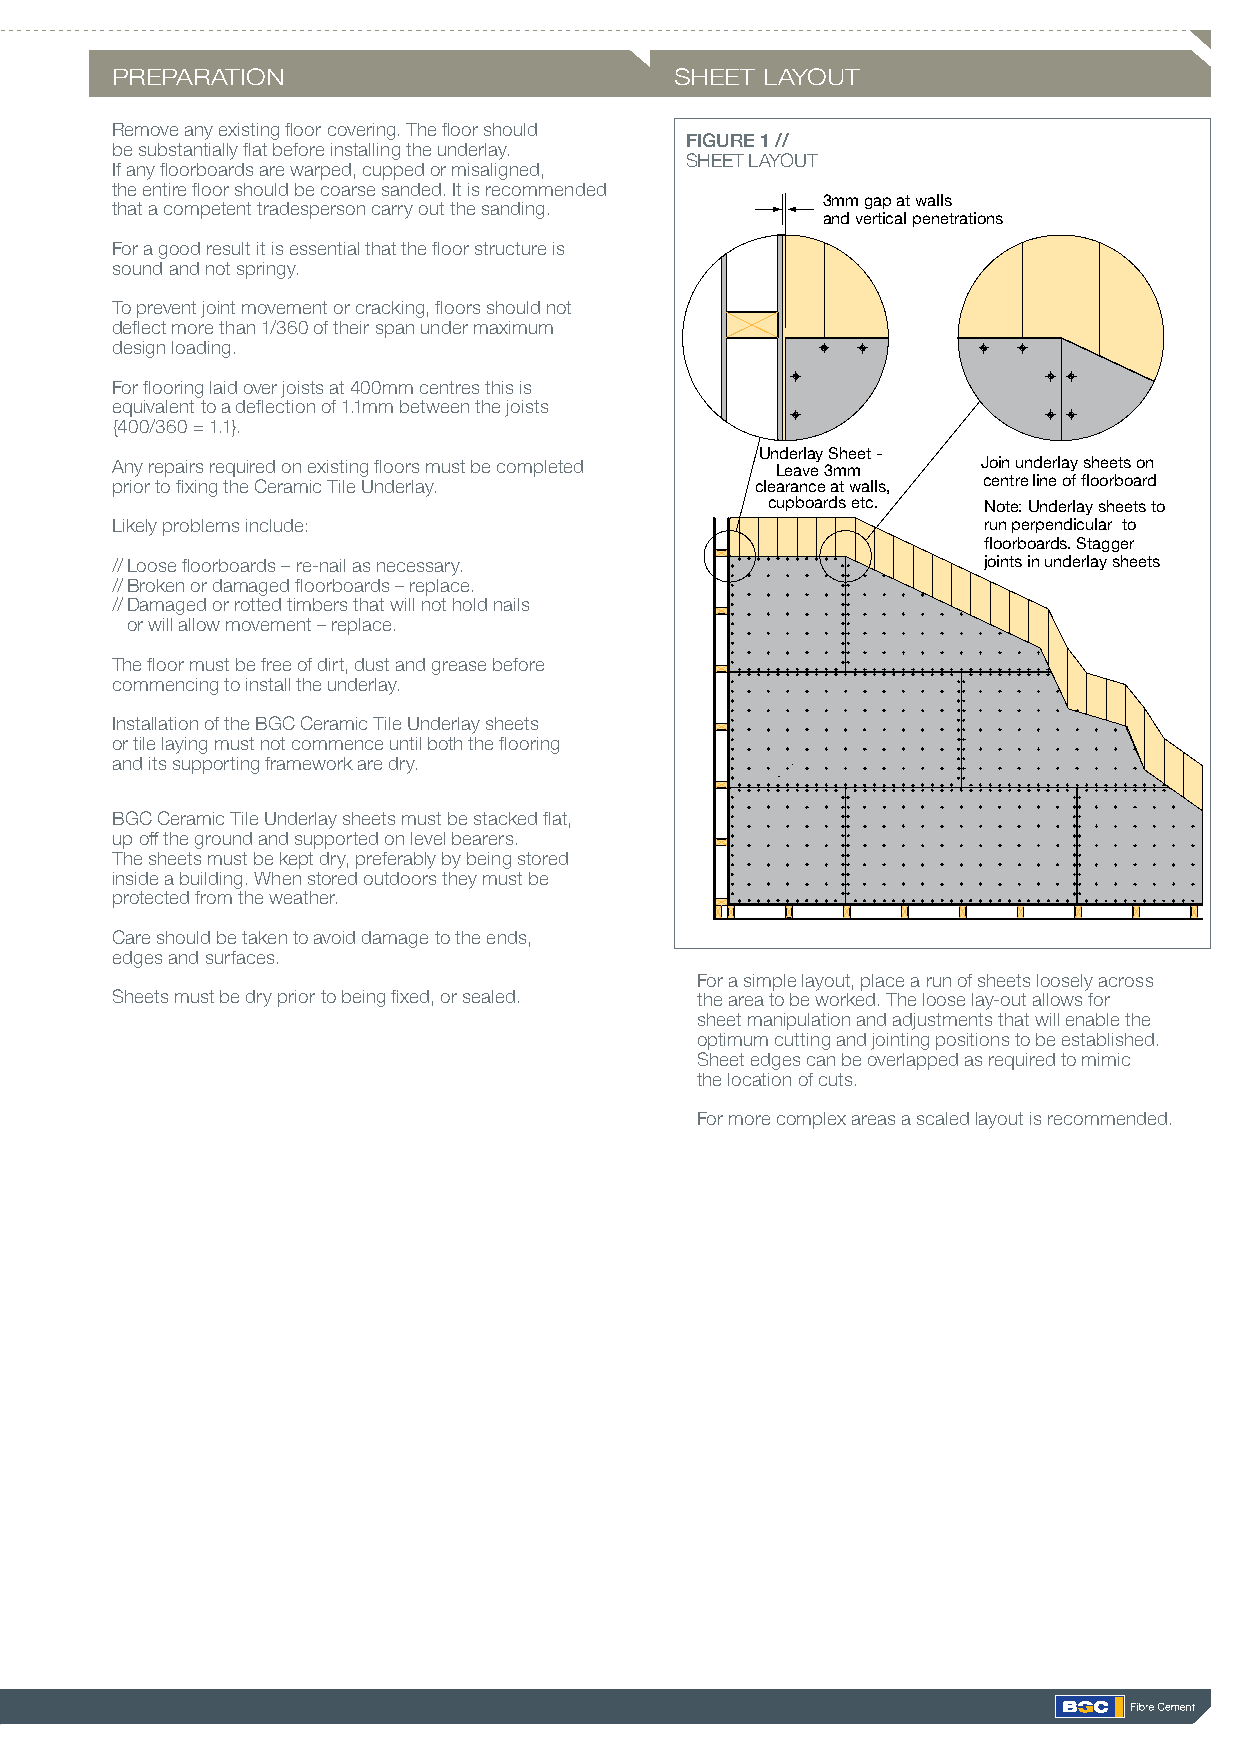
PREPARATION                           SHEET LAYOUT
 Remove any existing floor covering. The floor should
 FIGURE 1 //
 be substantially flat before installing the underlay.
 SHEET LAYOUT
 If any floorboards are warped, cupped or misaligned,
 the entire floor should be coarse sanded. It is recommended
 that a competent tradesperson carry out the sanding. 3mm gap at walls
 and vertical penetrations
 For a good result it is essential that the floor structure is
 sound and not springy.
 To prevent joint movement or cracking, floors should not
 deflect more than 1/360 of their span under maximum
 design loading.
 For flooring laid over joists at 400mm centres this is
 equivalent to a deflection of 1.1mm between the joists
 {400/360 = 1.1}.
 Underlay Sheet -
 Any repairs required on existing floors must be completed Join underlay sheets on
 Leave 3mm
 prior to fixing the Ceramic Tile Underlay. clearance at walls, centre line of floorboard
 cupboards etc. Note: Underlay sheets to
 Likely problems include:                                  run perpendicular to
 floorboards. Stagger
 // Loose floorboards – re-nail as necessary.              joints in underlay sheets
 // Broken or damaged floorboards – replace.
 // Damaged or rotted timbers that will not hold nails
 or will allow movement – replace.
 The floor must be free of dirt, dust and grease before
 commencing to install the underlay.
 Installation of the BGC Ceramic Tile Underlay sheets
 or tile laying must not commence until both the flooring
 and its supporting framework are dry.
 BGC Ceramic Tile Underlay sheets must be stacked flat,
 up off the ground and supported on level bearers.
 The sheets must be kept dry, preferably by being stored
 inside a building. When stored outdoors they must be
 protected from the weather.
 Care should be taken to avoid damage to the ends,
 edges and surfaces.
 For a simple layout, place a run of sheets loosely across
 Sheets must be dry prior to being fixed, or sealed. the area to be worked. The loose lay-out allows for
 sheet manipulation and adjustments that will enable the
 optimum cutting and jointing positions to be established.
 Sheet edges can be overlapped as required to mimic
 the location of cuts.
 For more complex areas a scaled layout is recommended.